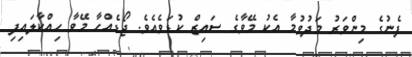
ފެނުގެ މިންވަރު މަދުވުމާ އެކު މޭވާގެ ސައިޒް ކުޑަވެއެވެ. ޖޯޑެއްހާ މޭވާ ހިއްކާލައިފި